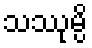
သဿုမ္ပိ